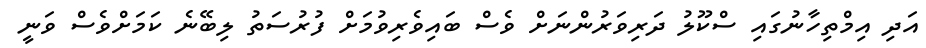
އަދި އިމްތިހާނުގައި ސްކޫލު ދަރިވަރުންނަށް ވެސް ބައިވެރިވުމަށް ފުރުސަތު ލިބޭނެ ކަމަށްވެސް ވަނީ